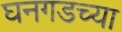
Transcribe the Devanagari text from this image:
घनगडच्या